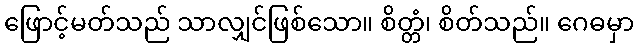
ဖြောင့်မတ်သည် သာလျှင်ဖြစ်သော။ စိတ္တံ၊ စိတ်သည်။ ဂေဓမှာ